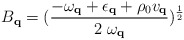
\begin{align*}B_{ {\bf{q}} } = (\frac{ -\omega_{ {\bf{q}} } + \epsilon_{ {\bf{q}} }+ \rho_{0}v_{ {\bf{q}} } }{2 \mbox{ }\omega_{ {\bf{q}} } })^{\frac{1}{2}}\end{align*}